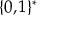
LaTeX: \{ 0 , 1 \} ^ { * }